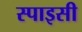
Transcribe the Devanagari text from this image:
स्‍पाइसी